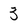
Character: 3